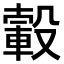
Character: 𣫂